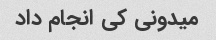
میدونی کی انجام داد